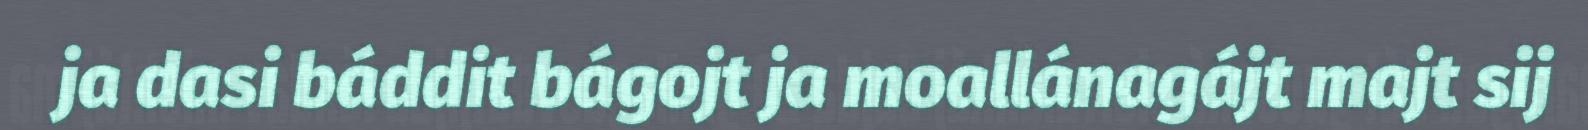
ja dasi báddit bágojt ja moallánagájt majt sij